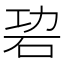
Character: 𥑙